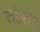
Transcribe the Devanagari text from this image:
तोर्सी